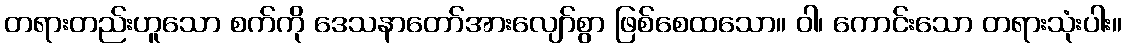
တရားတည်းဟူသော စက်ကို ဒေသနာတော်အားလျော်စွာ ဖြစ်စေထသော။ ဝါ၊ ကောင်းသော တရားသုံးပါး။